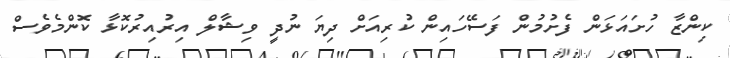
ކިންޒާ ހުށައަޅަން ފެށުމުން ފަސޭހައިން ކުރިއަށް ދިޔަ ނުދީ ވިޝާލް އިރުއިރުކޮޅާ ކޮންމެވެސް